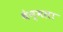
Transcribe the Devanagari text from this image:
थेन्मला